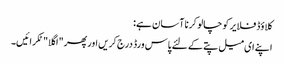
کلاؤڈ فلایر کو چالو کرنا آسان ہے:
اپنے ای میل پتے کے لئے پاس ورڈ درج کریں اور پھر "اگلا" ٹکرائیں۔